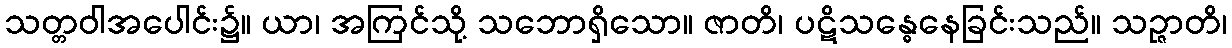
သတ္တဝါအပေါင်း၌။ ယာ၊ အကြင်သို့ သဘောရှိသော။ ဇာတိ၊ ပဋိသန္ဓေနေခြင်းသည်။ သဉ္ဇာတိ၊